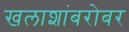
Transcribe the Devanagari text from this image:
खलाशांबरोबर